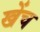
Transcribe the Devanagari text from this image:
खेंच